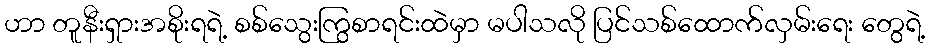
ဟာ တူနီးရှားအစိုးရရဲ့ စစ်သွေးကြွစာရင်းထဲမှာ မပါသလို ပြင်သစ်ထောက်လှမ်းရေး တွေရဲ့